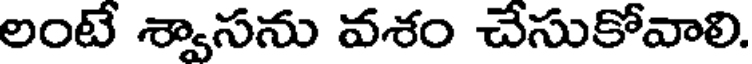
లంటే శ్వాసను వశం చేసుకోవాలి.